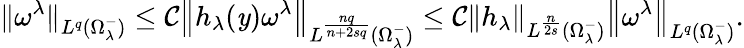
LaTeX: {\| \omega^{\lambda}\| }_{L^{q}(\Omega_{\lambda}^{-})}\leq\mathcal{C}{\left\| h_{\lambda}(\mathit{y})\omega^{\lambda}\right\| }_{L^{\frac{{nq}}{{n+2sq}}}(\Omega_{\lambda}^{-})}\leq\mathcal{C}{\left\| h_{\lambda}\right\| }_{L^{\frac{{n}}{{2s}}}(\Omega_{\lambda}^{-})}{\left\| \omega^{\lambda}\right\| }_{L^{q}(\Omega_{\lambda}^{-})}.